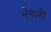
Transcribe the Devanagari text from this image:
भेगारी